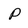
Character: p